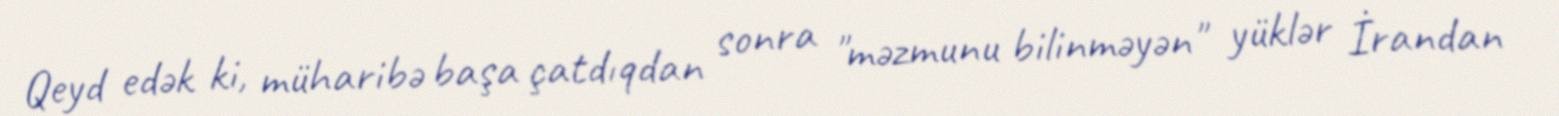
Qeyd edək ki, müharibə başa çatdıqdan sonra "məzmunu bilinməyən" yüklər İrandan